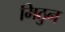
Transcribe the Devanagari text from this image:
मिठुन